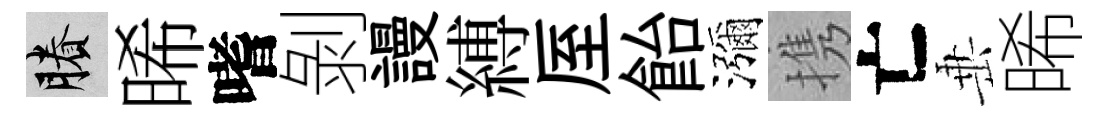
賸晞嗜剝謾縛厔飴瀰携亡𡸁晞